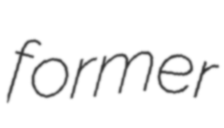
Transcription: former